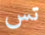
تس